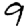
Digit: 9